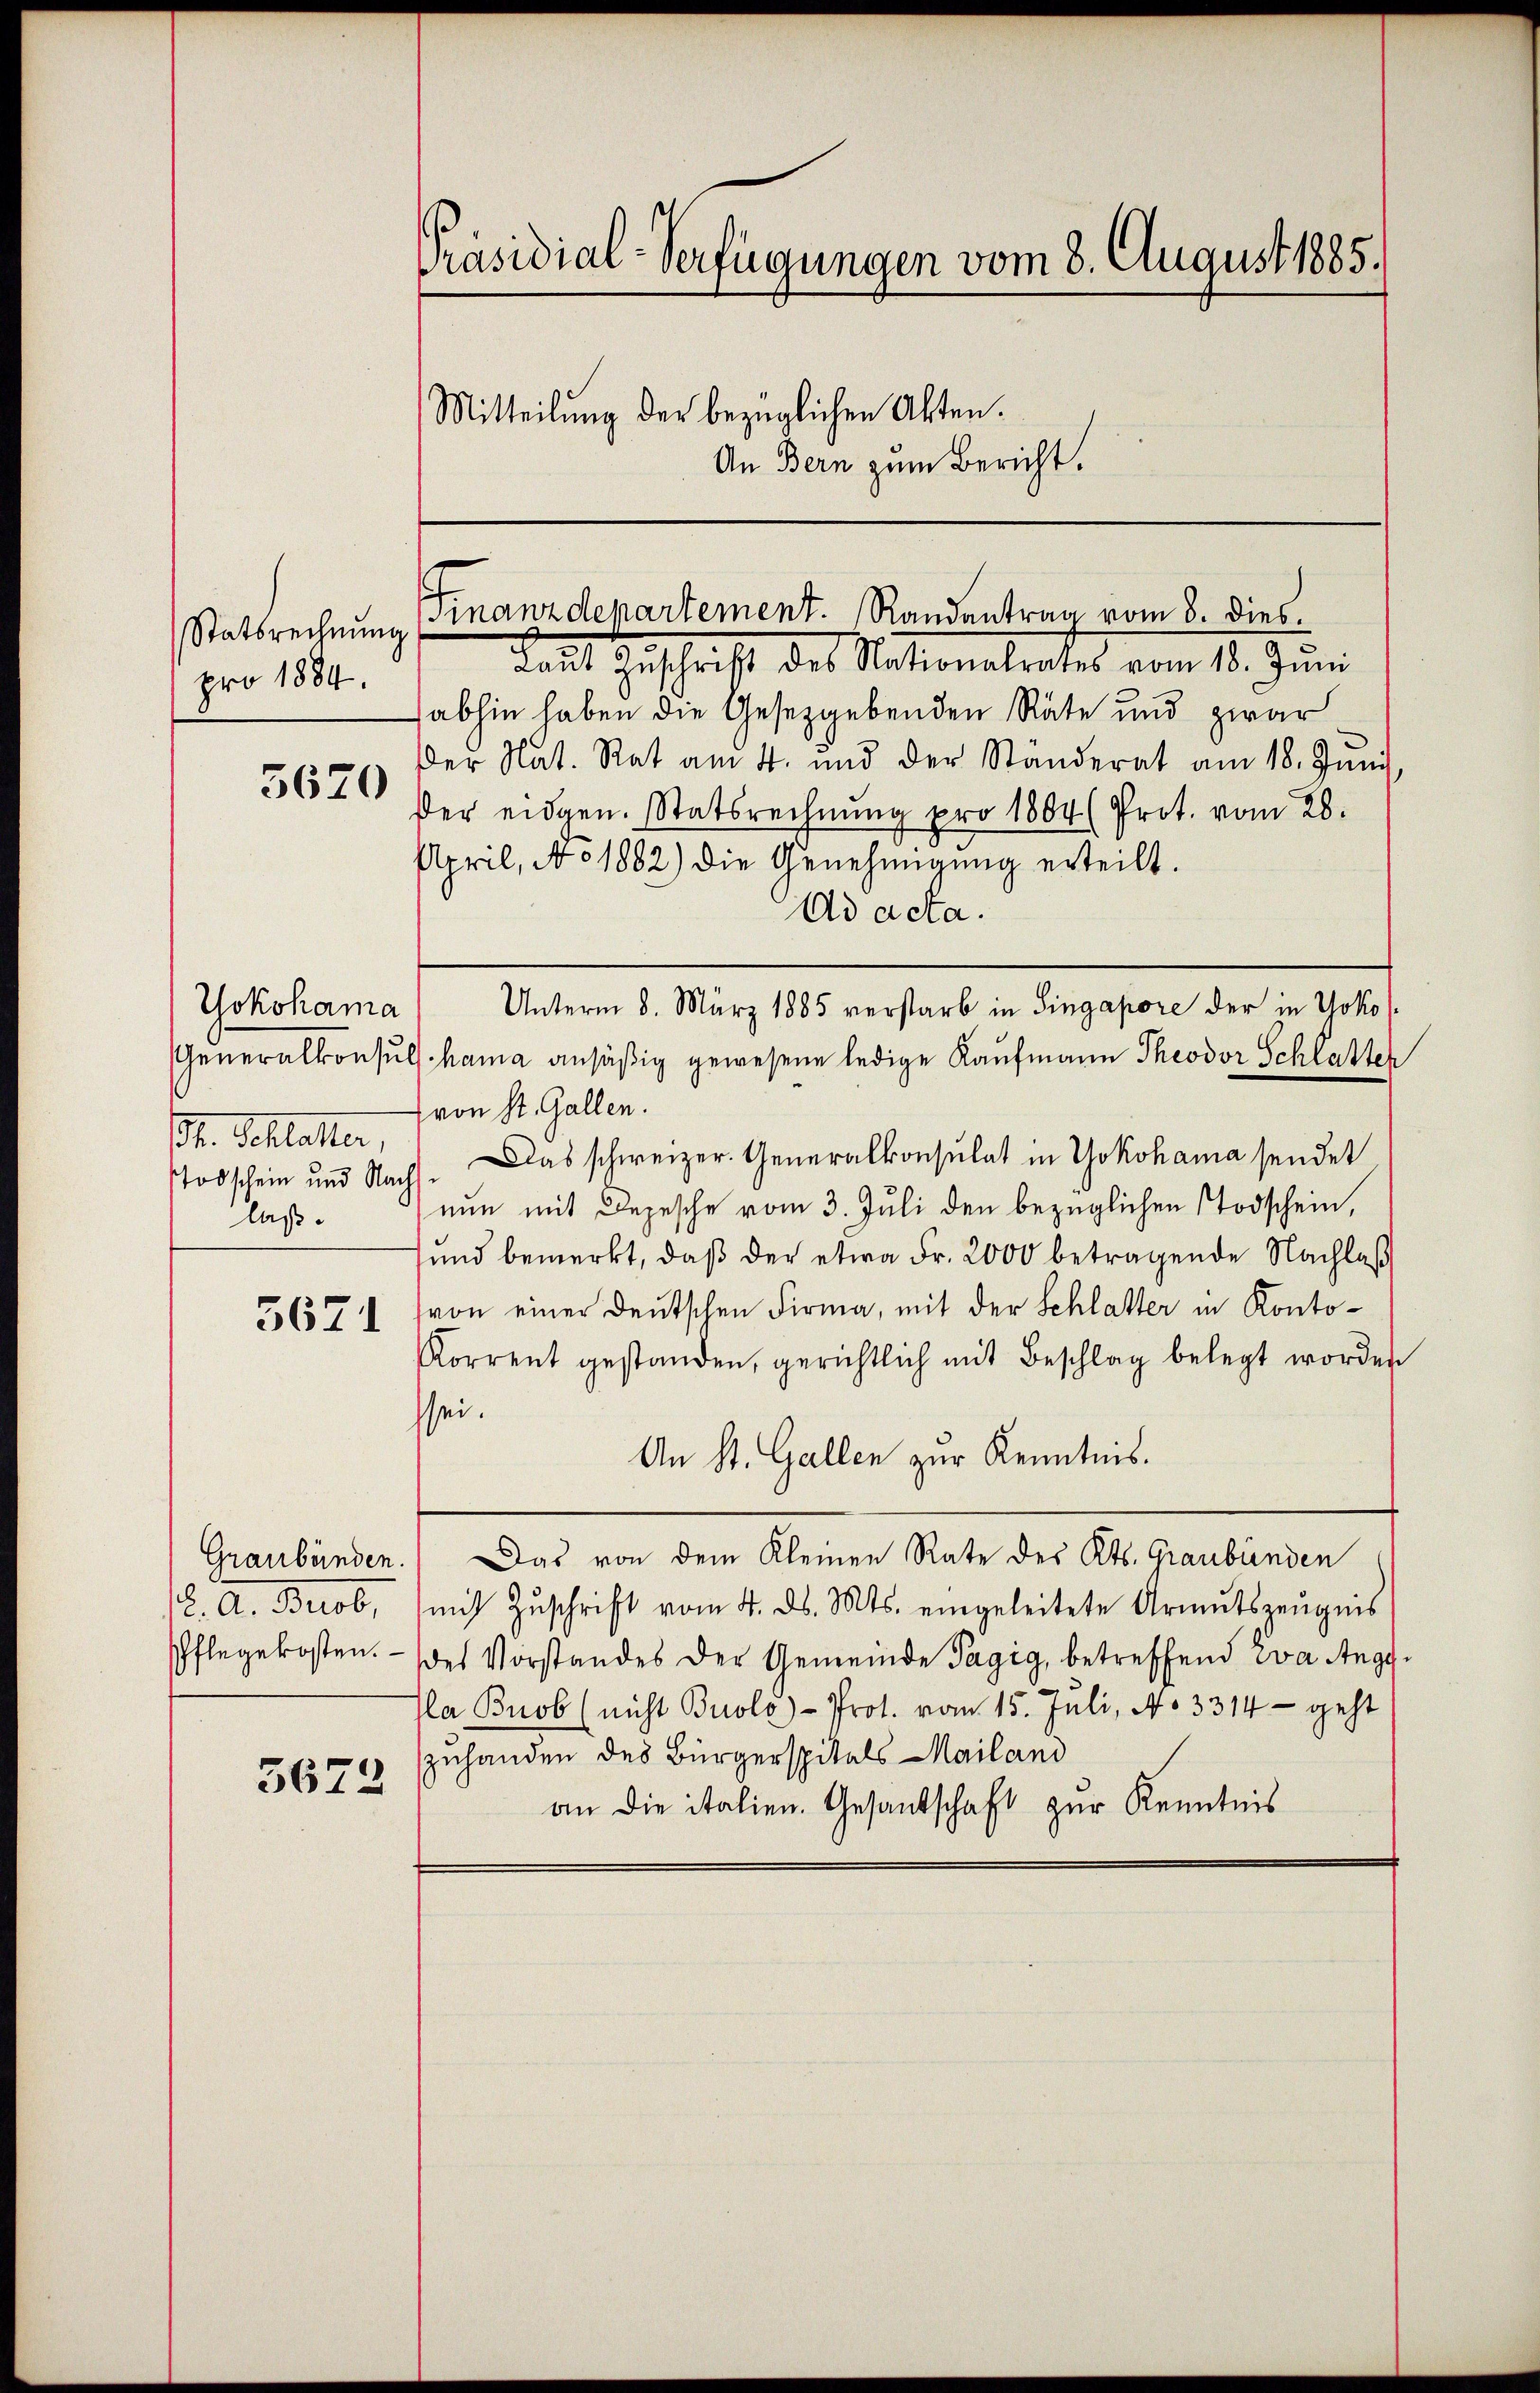
Statsrechnung
pro 1884.
3620

Yokohama
Ch. Schlatter,
laß.

5671

12. A. Brust,
Pflegekosten.

3672

Präsidial-Verfügungen vom 8. August 1885.

Mitteilŭng der bezüglichen Akten.

An Bern zum Bericht.

Finanzdepartement. Randantrag vom 8. dies

Laut Zuschrift des Nationalrates vom 18. Jŭni
abhin haben die Gesetzgebenden Räte und zwar
der Nat. Rat am 4. und der Standerat am 18. Juni,
Der eidgen. Statsrechnung pro 1884 (Prot. vom 28.
April, No 1882) die Genehmigung erteilt.
Ad acta.
Unterm 8. März 1885 verstarb in Singapore der in Yoko
Generalkonsuls.hama ansäßig gewesene ledige Kaufmann Theodor Schlatter
(von St. Gallen.
Todschein und Nacht. Das schweizer. Generalkonsulat in Yokohama sendet
nun mit Depesche vom 3. Juli den bezüglichen Todschein,
ŭnd bemerkt, daβ der etwa Fr. 2000 betragende Nachlaß
von einer Deutschen Firma, mit der Schlatter in Konto¬
Korrent gestanden, gerichtlich mit Beschlag belegt worden
sei.
An St. Gallen zur Kenntnis.
Graubünden. Das von dem Kleinen Rate des Kts. Graubünden
mit Zŭschrift vom 4. ds. Mts. eingeleitete Armutszeŭgnis
des Vorstandes der Gemeinde Pagig, betreffend Eva Angea Bnob (nicht Buolo)-Prot. vom 15. Juli, No 3314 - geht
zuhanden des Bürgerspitals Mailand
an die italien. Gesandschaft zur Kenntnis